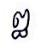
ឰ